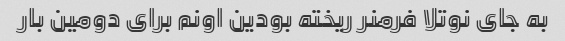
به جای نوتلا فرمنر ریخته بودین اونم برای دومین بار